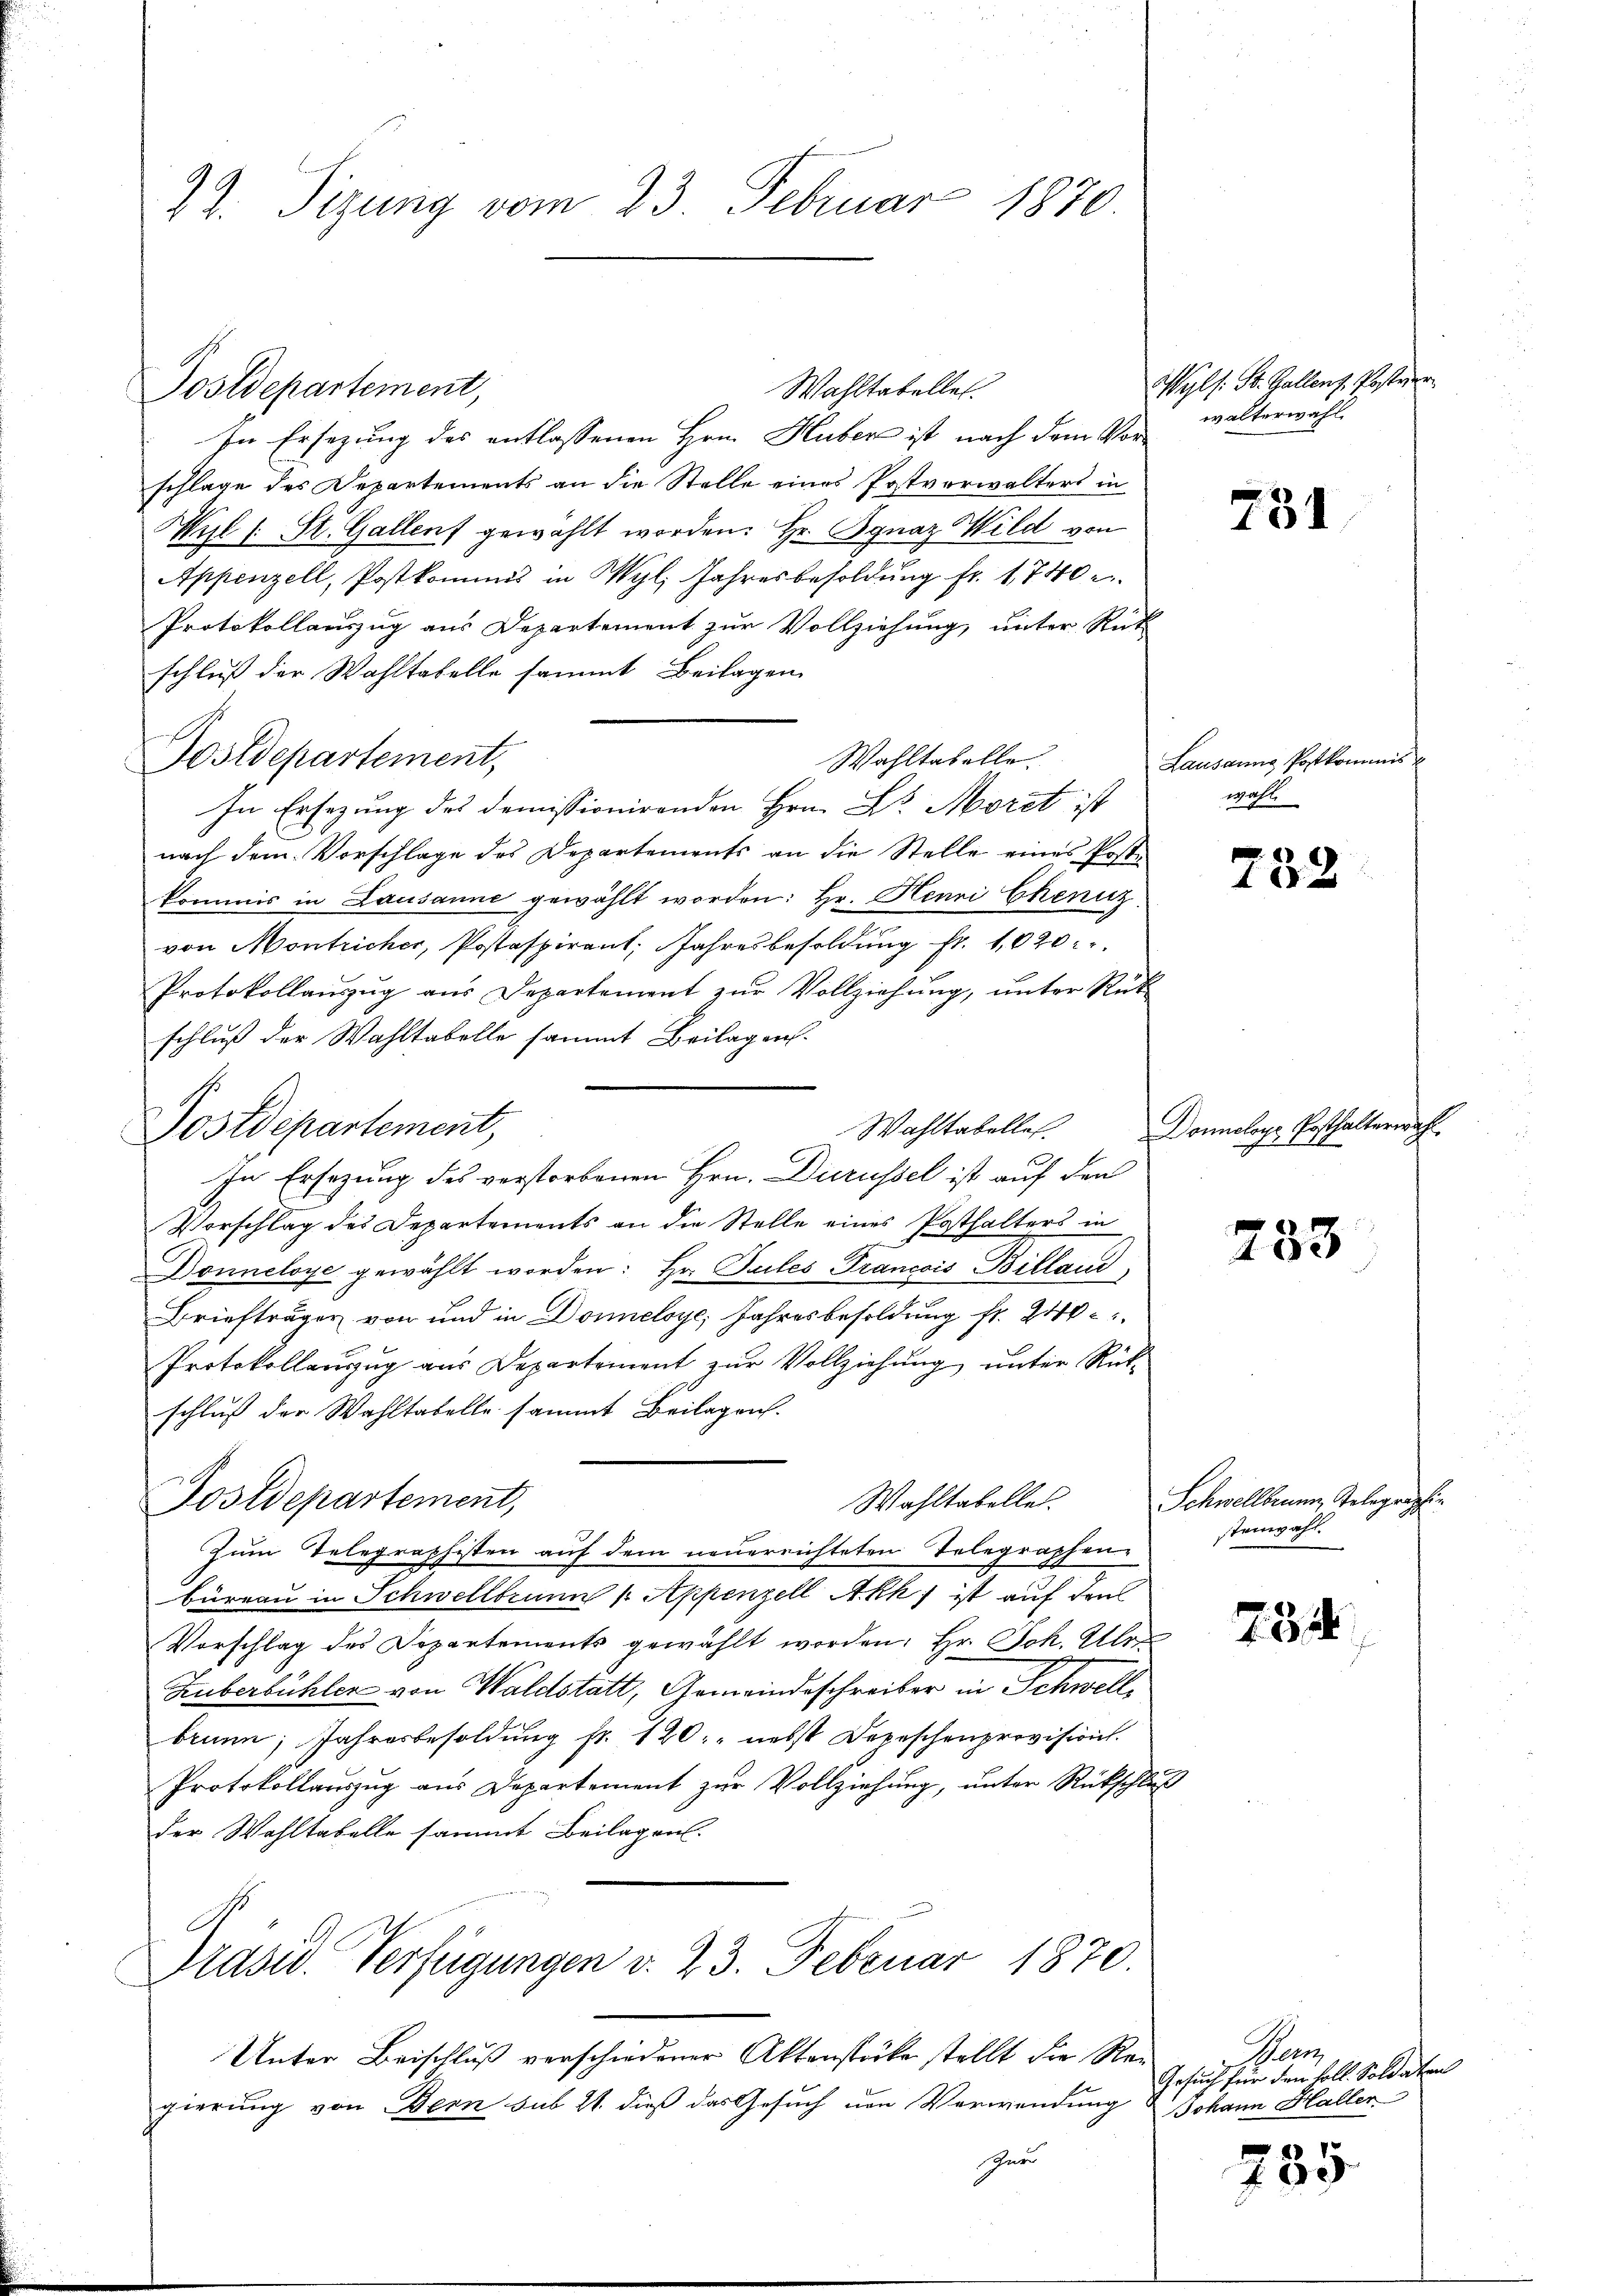
2. Tizung vom 23. Februar 1870

Postdepartement,

In Ersezung des entlassenen Hrn. Huber ist nach dem Vorschlage des Departements an die Stelle eines Postverwalters in
Hul 1 St. Gallen gewählt worden. Hr. Ognaz Wild von
Appenzell, Postkommis in Wyl, Jahresbesoldung fr. 1740
Protokollauszug aus Departement zur Vollziehung, unter Rück
schluß der Wahltabelle sammt Beilagen
Wahltabelle.
In Ersezung des domissionirenden Hrn. Dr. Moret ist
nach dem Vorschlage des Departements an die Stelle eines Poste
kommis in Lausanne gewählt worden: Hr. Henri Cheniz
von Montricher, Postaspirant Jahresbesoldung fr. 1020.
Protokollauszug aus Departement zur Vollziehung, unter Rükschluß der Wahltabelle sammt Beilagen.
Wahltabellet.
Vorschlag des Departements an die Stelle eines Posthalters in
Donneloye gewählt worden: Hr. Sailes Francois Billand,
Briefträger von und in Donneloye, Jahresbesoldung fr. 240 c
Protokollaŭszŭg aŭs Departement zŭr Vollziehŭng ŭnter Rück-
schluß der Wahltabelle sammt Beilagen.
Wahltabellet.
Postdepartement,
Zum Telegraphisten auf dem neuerrichteten Telegraphen-
büreau in Schwellbrunn /: Appenzell Akh) ist auf den
Vorschlag des Departements gewählt worden. Hr. Joh. Ulr
Huberbühler von Waldstatt, Gemeindeschreiber in Schwellbrunn, Jahresbesoldung fr. 120. nebst Depeschenprovision.
Protokollaŭszŭg aŭs Departement zŭr Vollziehŭng ŭnter Rückschlŭβ
der Wohltabelle sammt Beilagen.
Präsid. Verfügungen v. 23. Februar 1870.

Postdepartement,

Postdepartement,

In Ersezung des verstorbenen Hrn. Durüssel ist auf den

Wahltabellen.

gierung von Bern sub 21. dieß das Gesuch um Verwendung Johann Haller
sner

Unter Beischluß verschiedener Aktenstücke stellt die Rei

Wyls: St. Gallenz, Postver
walterwahl.

731

Lausanng Postkommis
wahl

752

Donologe Posthalterwahl

733

Schwellbrunn, Gelegraphie
teinpafl
1

734

Her
Gesuch für den soll. Soldaten

235